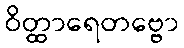
ဝိတ္ထာရေတဗ္ဗော